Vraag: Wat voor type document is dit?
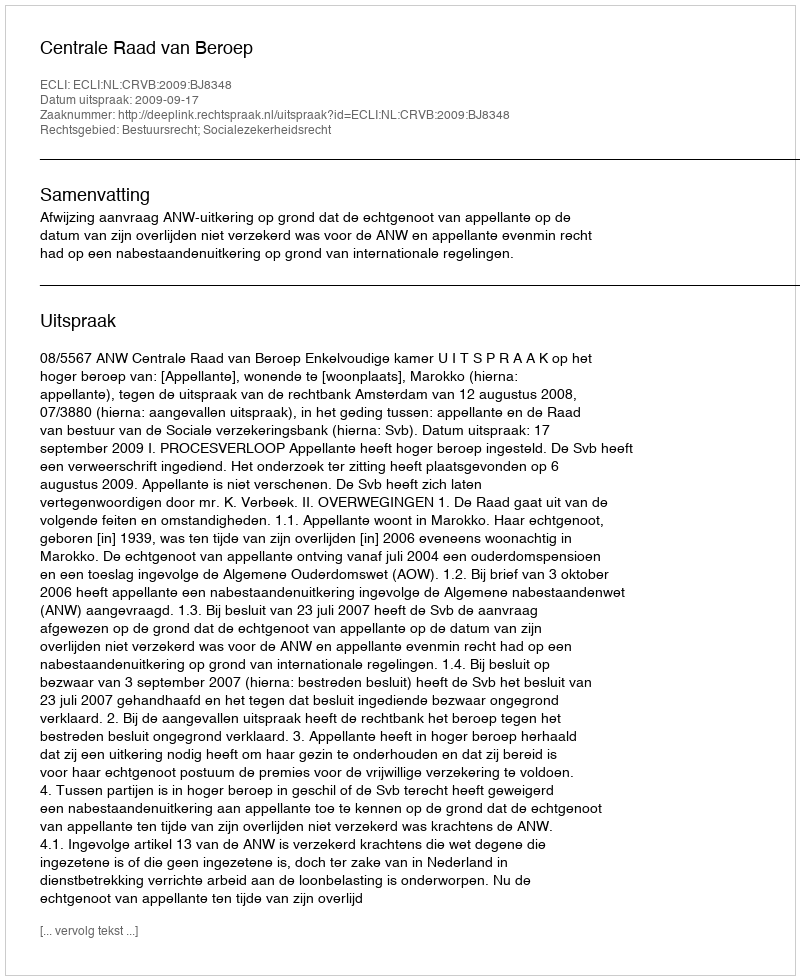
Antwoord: Uitspraak